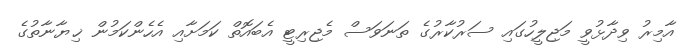
އާމިރު ވިދާޅުވީ މަޖިލީހުގައި ސަރުކާރުގެ ތަނަވަސް މެޖިރިޓީ އެބައޮތް ކަމަށާއި އެހެންކަމުން ޚިޔާނާތުގެ